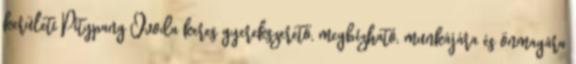
kerületi Pitypang Óvoda keres gyerekszerető, megbízható, munkájára és önmagára